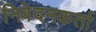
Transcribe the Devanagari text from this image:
निवेदनकर्ता